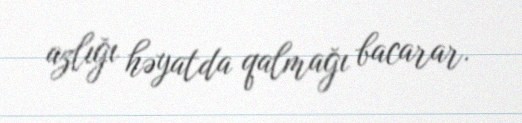
azlığı həyatda qalmağı bacarar.